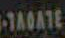
-TAGATE